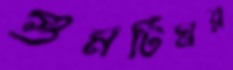
গুমটিঘর